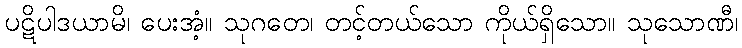
ပဋိပါဒယာမိ၊ ပေးအံ့။ သုဂတေ၊ တင့်တယ်သော ကိုယ်ရှိသော။ သုသောဏီ၊